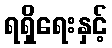
ရရှိရေးနှင့်